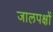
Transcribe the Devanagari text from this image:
जालपक्षों